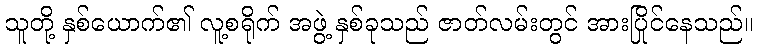
သူတို့ နှစ်ယောက်၏ လူ့စရိုက် အဖွဲ့ နှစ်ခုသည် ဇာတ်လမ်းတွင် အားပြိုင်နေသည်။